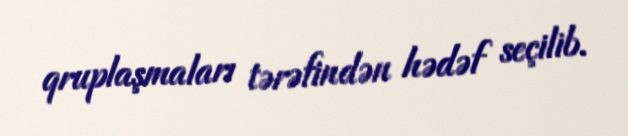
qruplaşmaları tərəfindən hədəf seçilib.